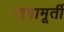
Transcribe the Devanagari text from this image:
रामामूर्ती